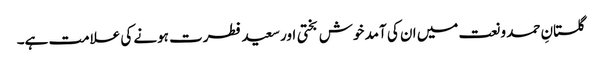
گلستانِ حمد و نعت میں ان کی آمد خوش بختی اور سعید فطرت ہونے کی علامت ہے۔